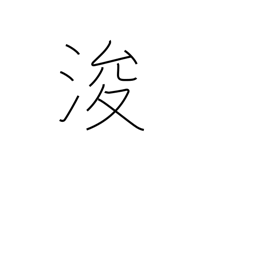
Meaning: dredge